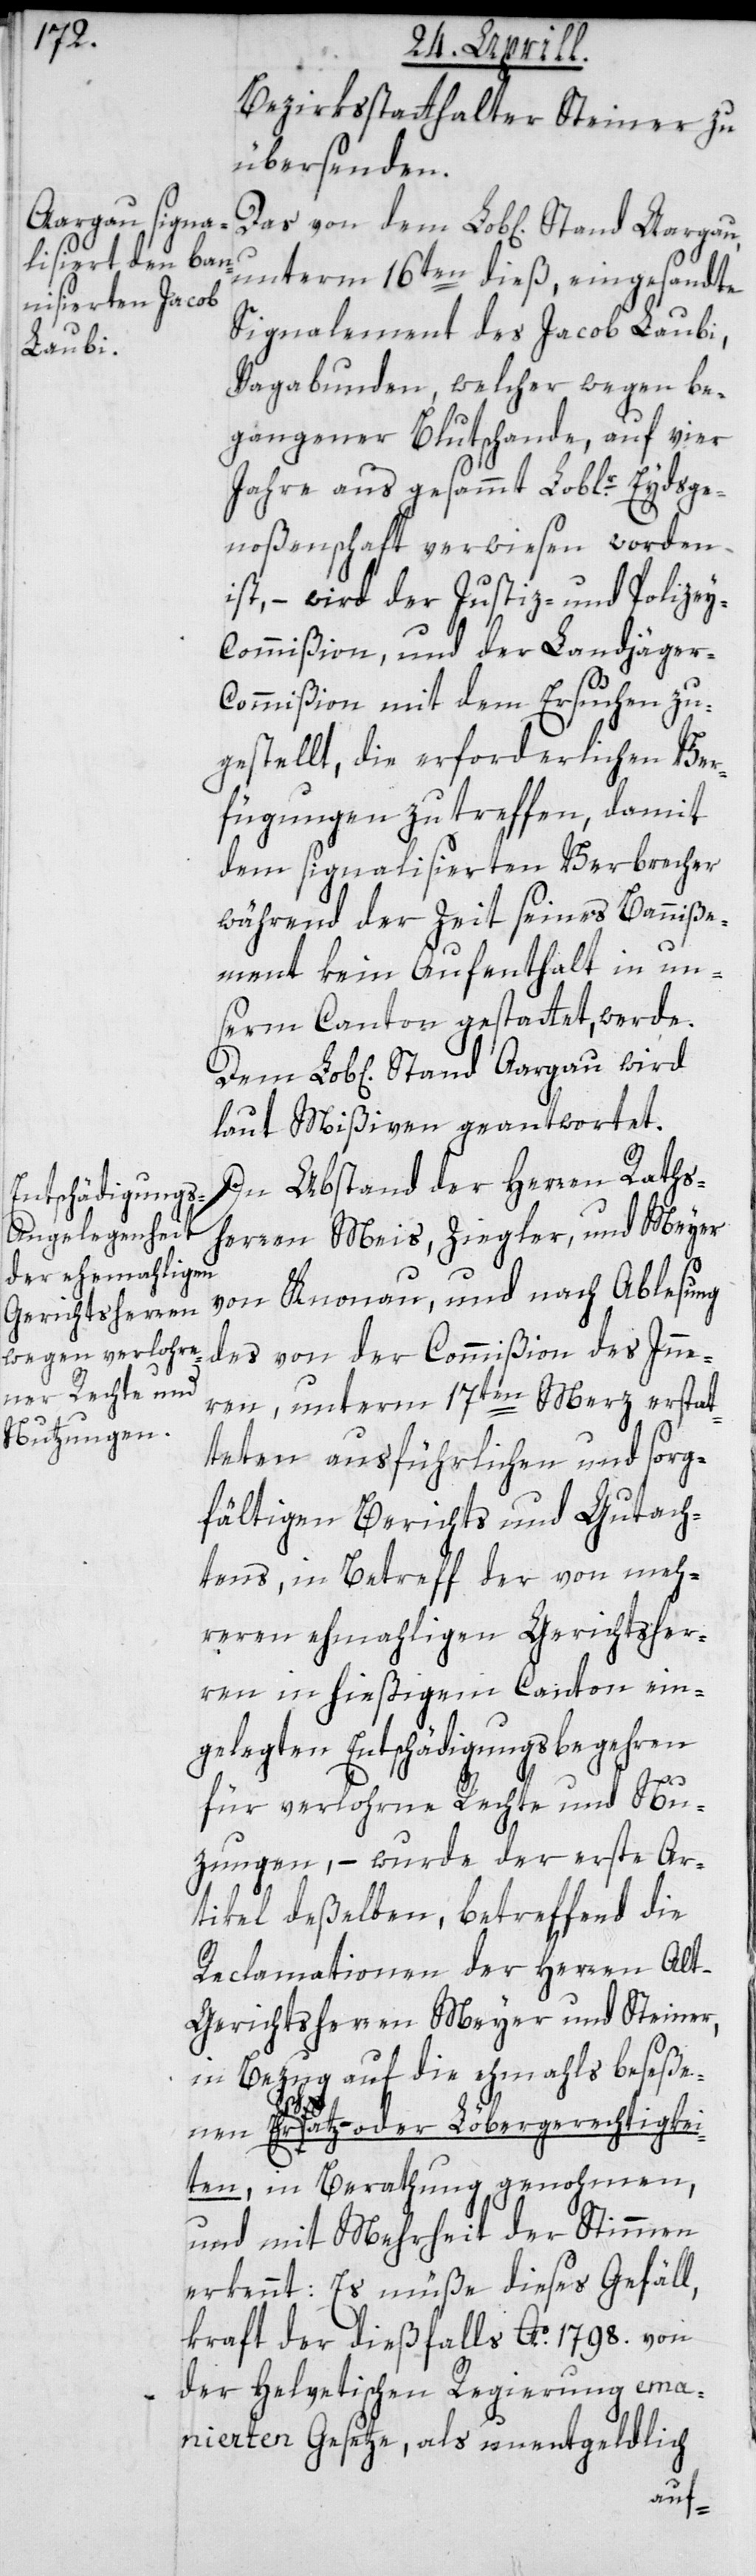
Aargau wird

Bezirksstatthalter Steiner zu
übersenden.
unterm 16ten dieß, eingesandte
Signalement des Jacob Laubi,
Vagabunden, welcher wegen be¬
gangener Blutschande, auf vier
Jahre aus gesammt Loblr. Eydsge¬
noßenschaft verwiesen worden
ist, – wird der Justiz- und Polize¬
y-Commißion und der Landjäge¬
r-Commißion mit dem Ersuchen zu¬
gestellt, die erforderlichen Ver¬
fügungen zu treffen, damit
dem signalisierten Verbrecher
während der Zeit seines Banniße¬
ments kein Aufenthalt in un¬
serm Canton gestattet, werde.
laut Mißiven geantwortet.
In Abstand der Herren Raths¬
herren Meis, Ziegler und Meyer
von Knonau, und nach Ablesung
des von der Commißion des Inne¬
rn, unterm 17ten Merz erstat¬
teten ausführlichen und sorg¬
fältigen Berichts und Gutach¬
tens, in Betreff der von meh¬
reren ehemaligen Gerichtsher¬
ren in hießigem Canton ein¬
gelegten Entschädigungsbegehren
für verlohrne Rechte und Nu¬
zungen, – wurde der erste Ar¬
tikel deßelben, betreffend die
Reclamationen der Herren Alt-G¬
erichtsherren Meyer und Steiner,
in Bezug auf die ehemals beseße¬
nen Ehrschatz- oder Löbergerechtigkei¬
ten, in Berathung genohmen,
und mit Mehrheit der Stimmen
erkennt: Es müße diese Gefäll,
kraft der dießfalls Ao. 1798. von
der helvetischen Regierung ema¬
nierten Gesetze, als unentgeldlich